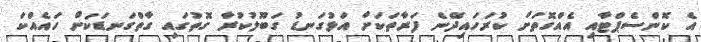
އެ ކޮންސެޕްޓާއި އެއްގޮތަށް ކުރަހައިދޭނެ ފަރާތަކަށް އަޅުގަނޑު ގަބޫލުކުރާ ގޮތުގައި ގާތްގަނޑަކަށް ހައެއްކަ